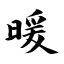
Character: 暖